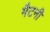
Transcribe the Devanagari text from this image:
मैटनी